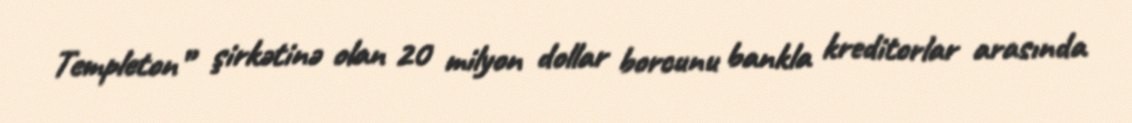
Templeton” şirkətinə olan 20 milyon dollar borcunu bankla kreditorlar arasında